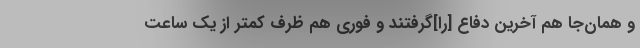
و همان‌جا هم آخرین دفاع [را]گرفتند و فوری هم ظرف کمتر از یک ساعت